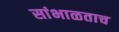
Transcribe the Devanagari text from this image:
सांभाळताच